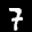
Label: 7